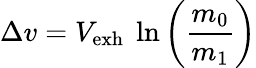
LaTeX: \Delta v=V_{\mathrm{{exh}}}~\ln\left({\frac{m_{0}}{m_{1}}}\right)